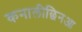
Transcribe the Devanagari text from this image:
कनालीछिनआ